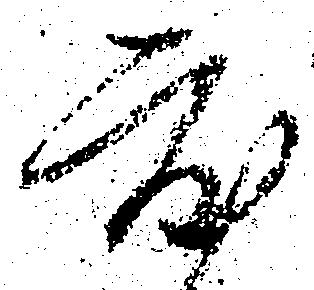
度